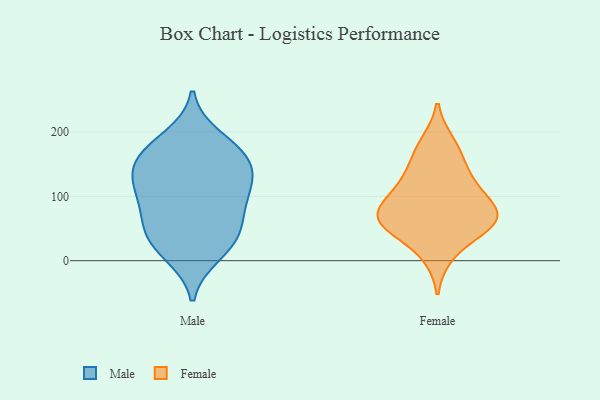
{"axis": {"x": "Satisfaction Score", "y": "Value"}, "legend": ["Female", "Male"], "data": [{"x": "", "y": 161, "type": "Male"}, {"x": "", "y": 21, "type": "Male"}, {"x": "", "y": 115, "type": "Male"}, {"x": "", "y": 127, "type": "Male"}, {"x": "", "y": 63, "type": "Male"}, {"x": "", "y": 154, "type": "Male"}, {"x": "", "y": 75, "type": "Male"}, {"x": "", "y": 46, "type": "Male"}, {"x": "", "y": 173, "type": "Male"}, {"x": "", "y": 113, "type": "Male"}, {"x": "", "y": 191, "type": "Male"}, {"x": "", "y": 10, "type": "Male"}, {"x": "", "y": 103, "type": "Male"}, {"x": "", "y": 154, "type": "Male"}, {"x": "", "y": 37, "type": "Male"}, {"x": "", "y": 163, "type": "Female"}, {"x": "", "y": 130, "type": "Female"}, {"x": "", "y": 57, "type": "Female"}, {"x": "", "y": 59, "type": "Female"}, {"x": "", "y": 86, "type": "Female"}, {"x": "", "y": 98, "type": "Female"}, {"x": "", "y": 182, "type": "Female"}, {"x": "", "y": 10, "type": "Female"}, {"x": "", "y": 62, "type": "Female"}, {"x": "", "y": 117, "type": "Female"}, {"x": "", "y": 66, "type": "Female"}, {"x": "", "y": 59, "type": "Female"}]}